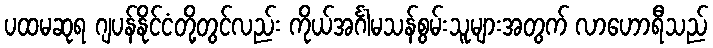
ပထမဆုရ ဂျပန်နိုင်ငံတို့တွင်လည်း ကိုယ်အင်္ဂါမသန်စွမ်းသူများအတွက် လာဟောရီသည်